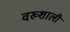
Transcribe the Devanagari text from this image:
वख्शाली